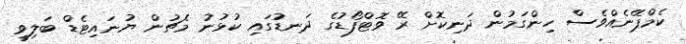
ކެމްޕޭނެއްވެސް ހިންގަމުން ދަނިކޮށް ރޭ ވޮޓްފޯޑުގެ ދަނޑުގައި ކުޅުނު މެޗުން ޔުނައިޓެޑް ބަލިވީ